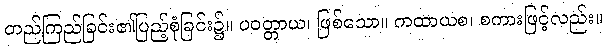
တည်ကြည်ခြင်း၏ပြည့်စုံခြင်း၌။ ပဝတ္တာယ၊ ဖြစ်သော။ ကထာယစ၊ စကားဖြင့်လည်း။